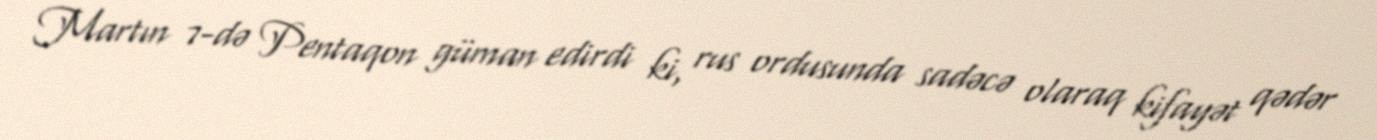
Martın 7-də Pentaqon güman edirdi ki, rus ordusunda sadəcə olaraq kifayət qədər